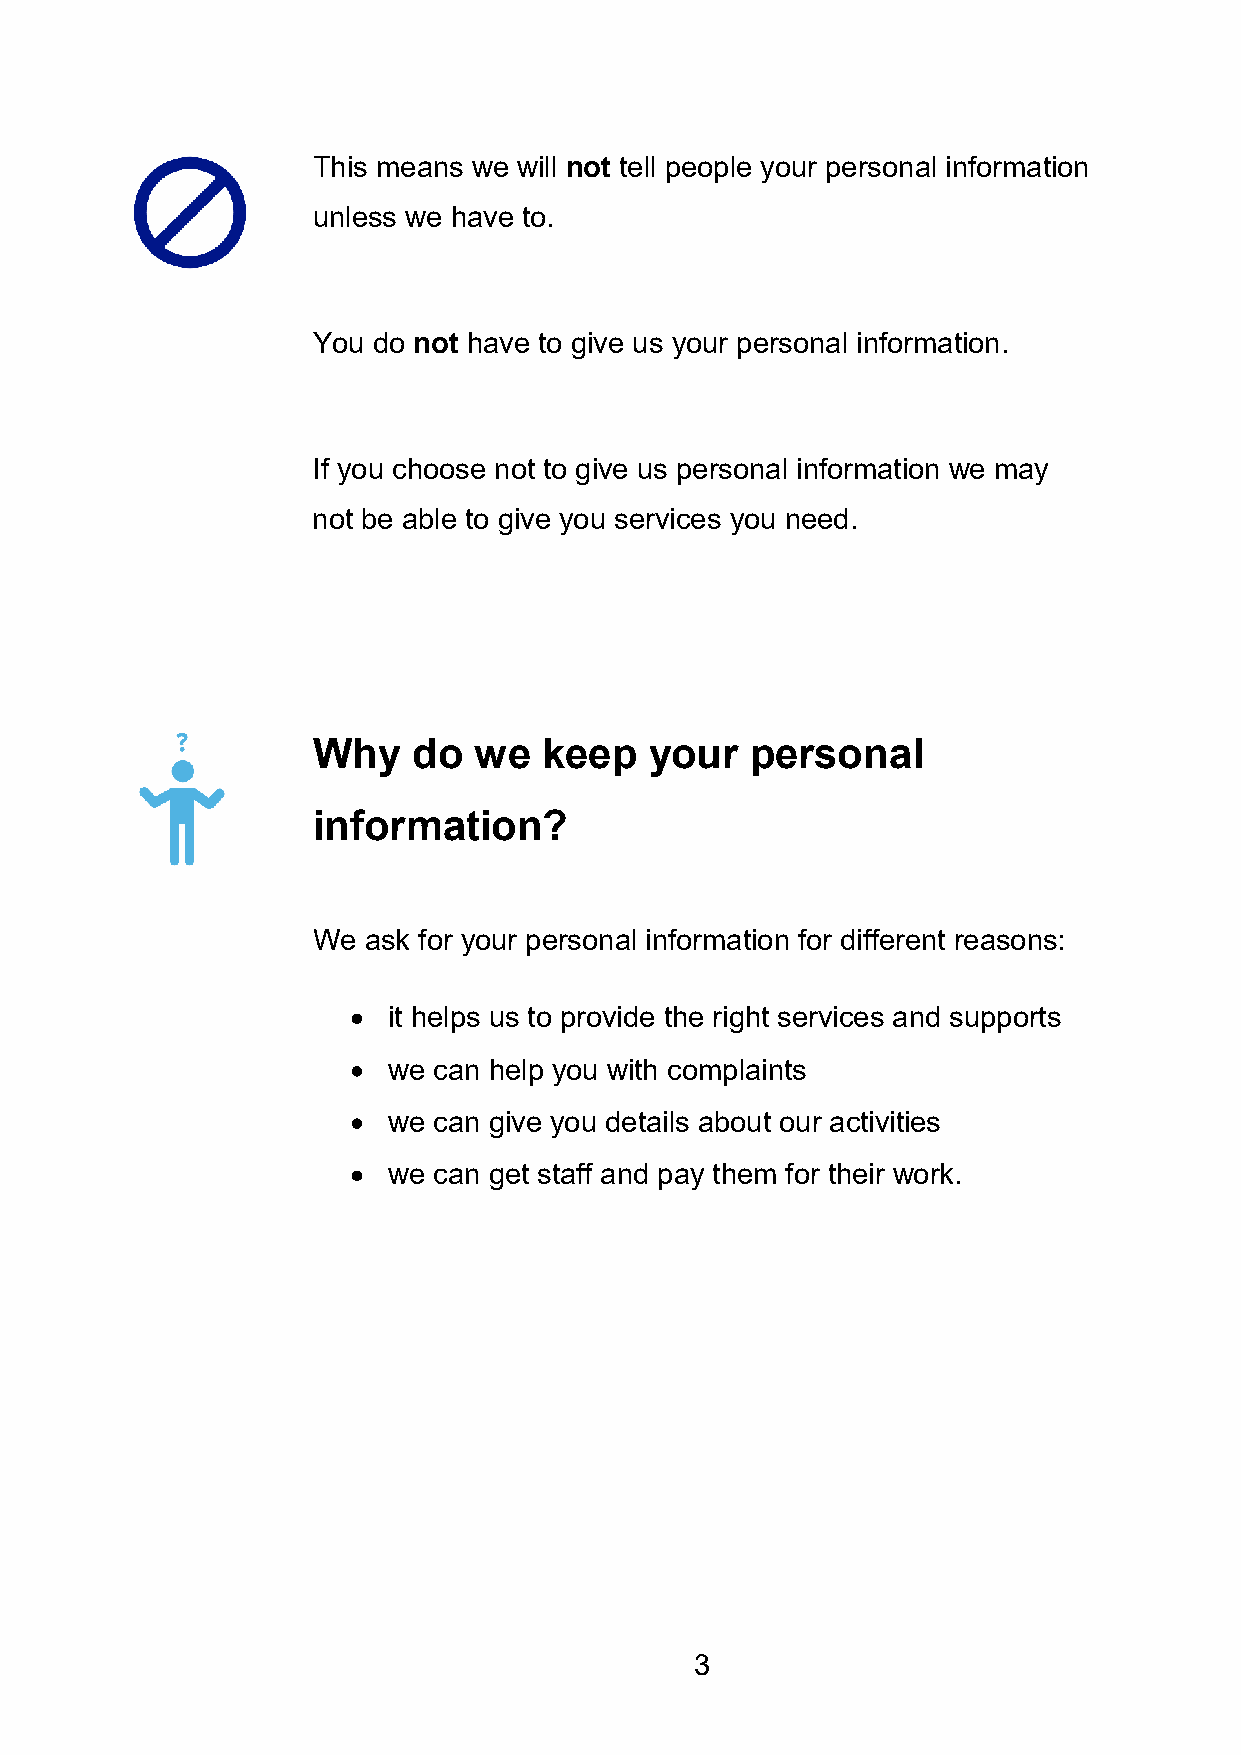
This means we will not tell people your personal information
 unless we have to.
 You do not have to give us your personal information.
 If you choose not to give us personal information we may
 not be able to give you services you need.
 Why   do  we   keep   your   personal
 information?
 We ask for your personal information for different reasons:
 it helps us to provide the right services and supports
 we can help you with complaints
 we can give you details about our activities
 we can get staff and pay them for their work.
 3